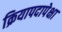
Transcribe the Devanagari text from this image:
क्रियापदापेक्षा